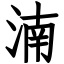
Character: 湳